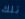
تلك